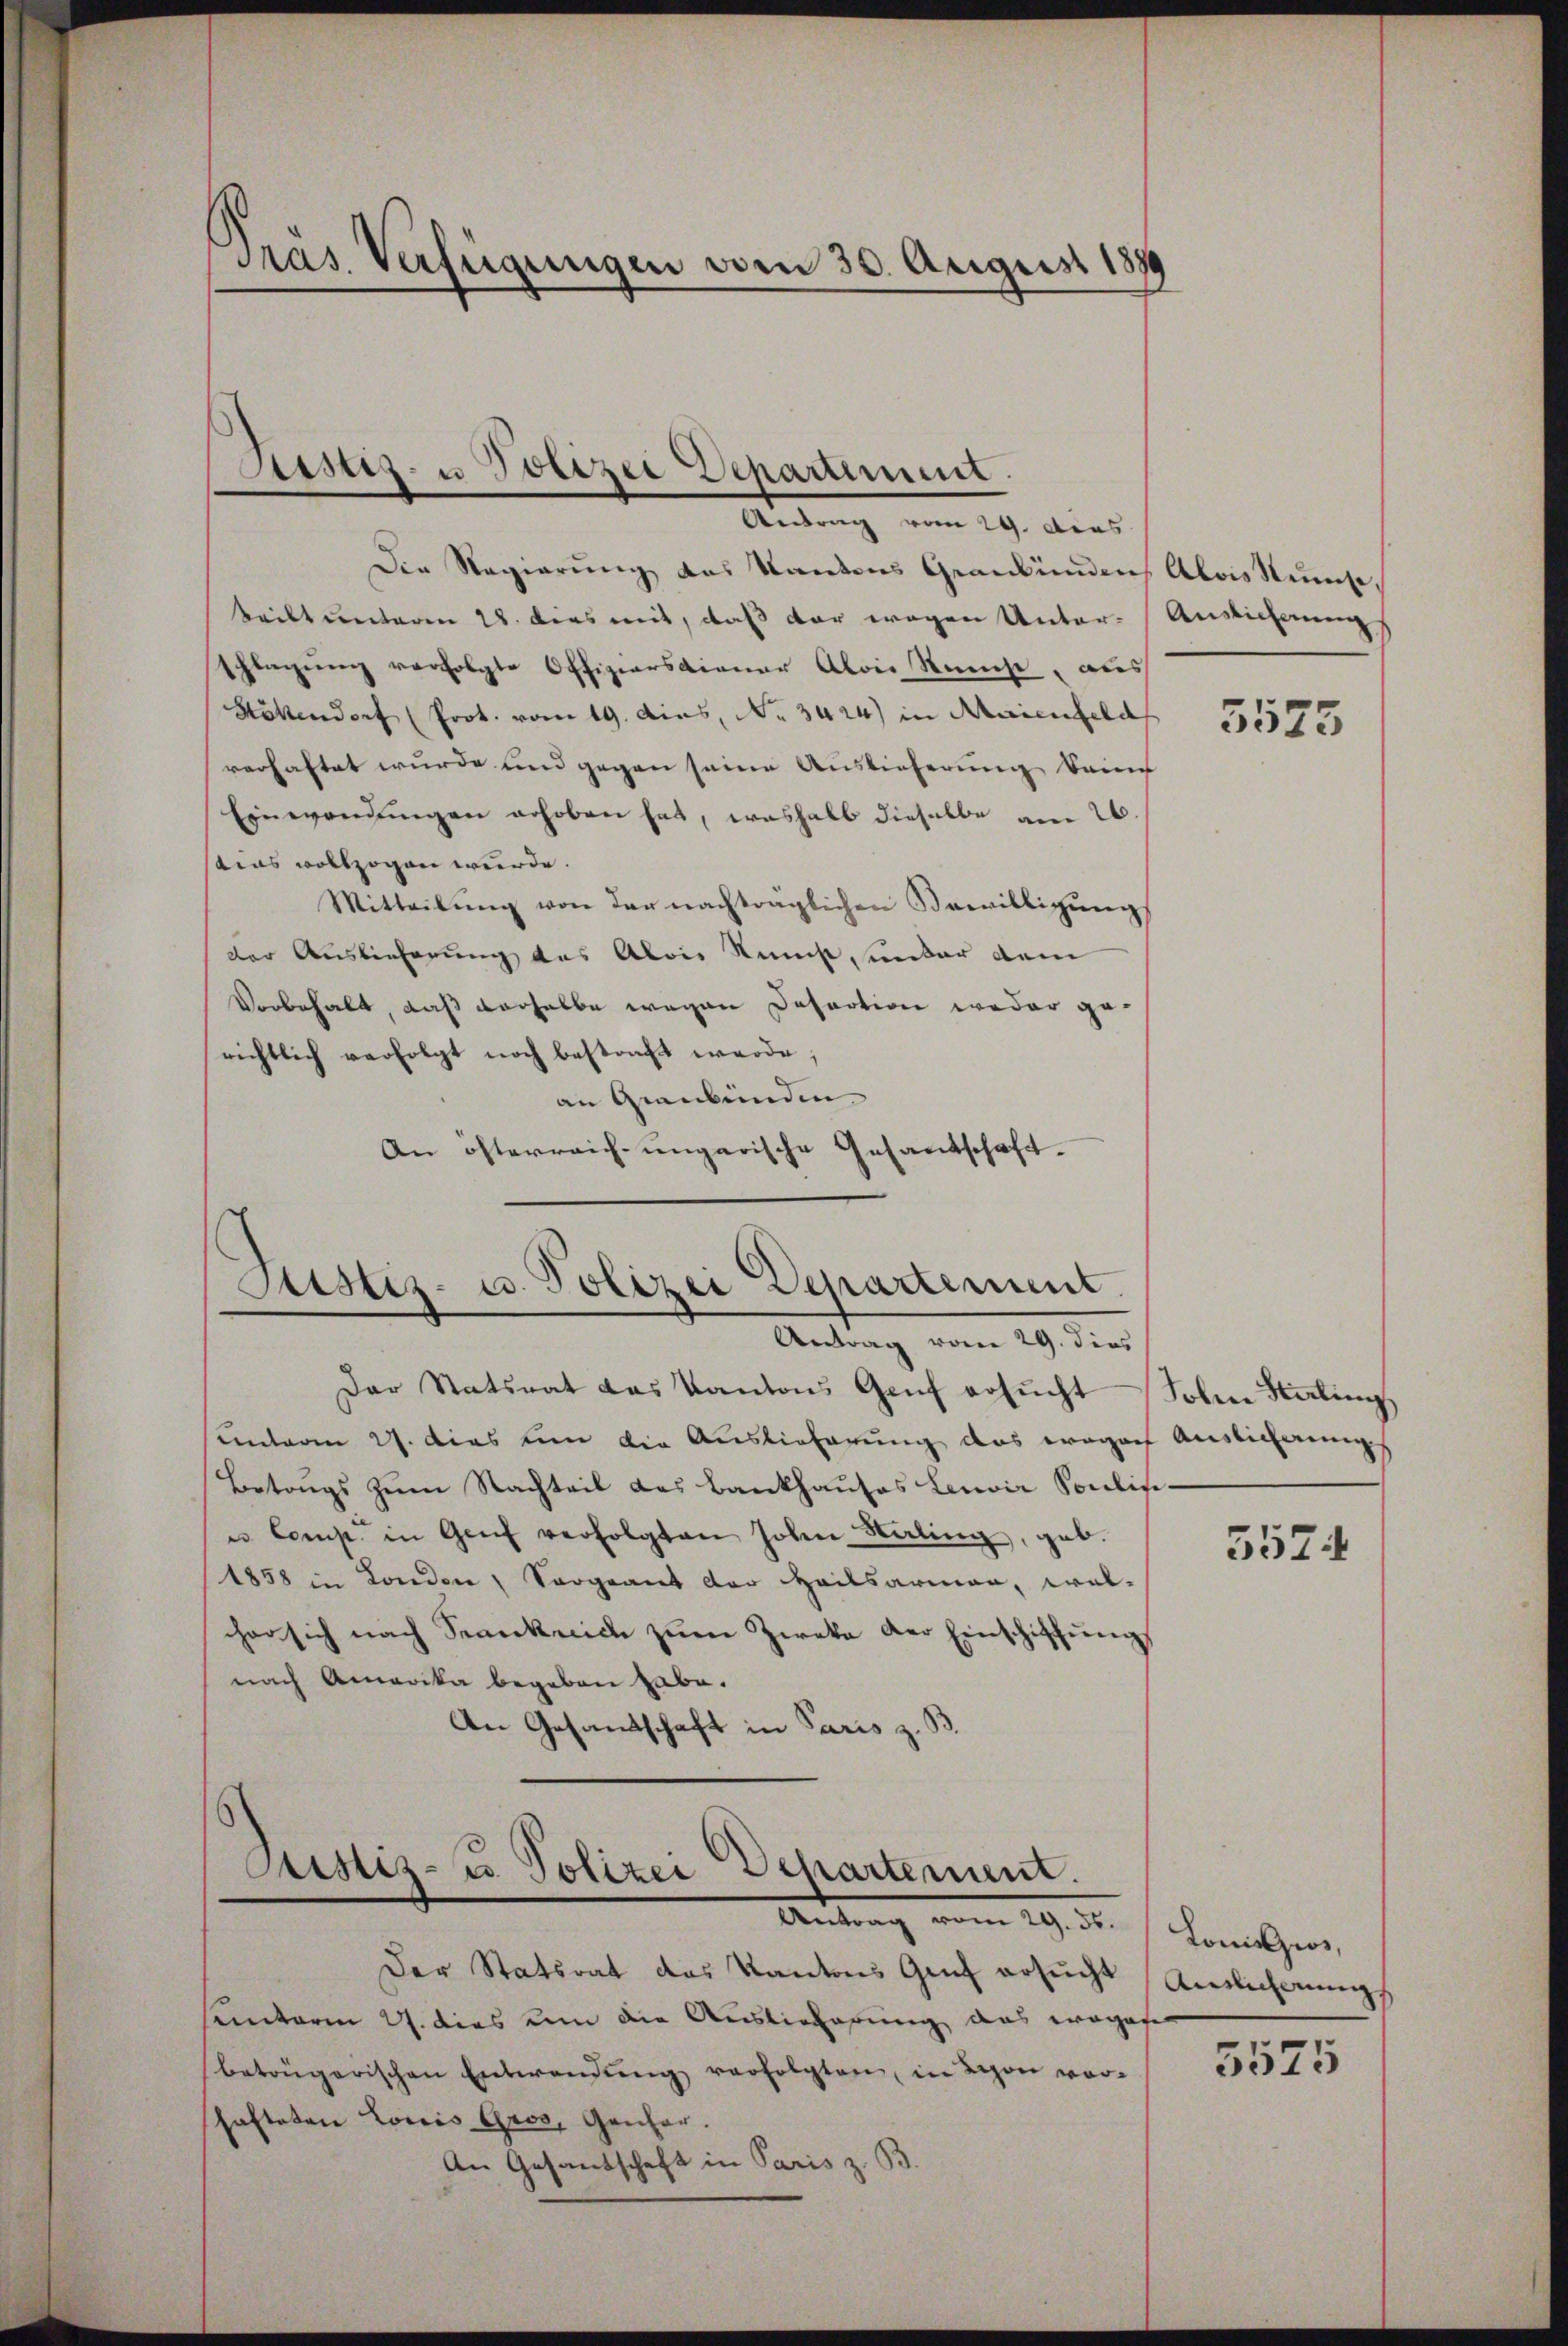
Pras. Verfügungen vom 30. August 1899

Sistiz- u Polizei Departime.
Antrag vom 29. dies

Die Regierung des Kantons Graubünden, Alois Reise,
keilt unteren 28. dies mit, daß der wegen Unter-Auslichnungs
schlagung verfolgte Offiziersdiener Alois Rauche, aus
Hättendorf (Prot. vom 19. dies, No. 3424) in Maienfeld
verhaftet wurde und gegen seine Auslieferung beim
Einwendungen erhoben hat, weshalb dieselbe am 26.
tias vollzogen wurde.
Mitteilŭng von der nachträglichen Bewilligung
der Auslieferung das Alois Kunst, unter dem
Vorbehalt, daß derselbe wegen Desaction weder gerichtlich verfolgt noch bestraft werde;
an Graubünden.
An österreich-ungarische Gesandschaft.

Justiz- u. Polizei Departement
Antrag vom 29. dies

Der Statsrat das Kantons Genf ersŭcht Johan Saling
unterm 27. Das un die Auslieferung das wegen Auslicherungs
Betrugs zum Nachteil das Bankhauses Lauoir Soulise¬
u Comp. in Genf verfolgten Johen Saling, geb.
1858 in London, Sorgeant der Heilsarmen, welcher sich nach Srankreich zŭm Zweke der Einschiffŭng
nach Amerika begeben habe.
An Gesandtschaft in Paris z. B.

Pristis- u. Polizei Departement.
Antrag vom 19. d.
Der Statsrat das Kantons Genf ersucht

sunterm 27. dies um die Auslieferung des wegese
beträgerischen Entwendŭng verfolgten, in Leon vorhafteten Louis Gros, Ganzer.
An Gesandschaft in Paris z. B.

5575

5574

Loniszios,
Antlicherung

5525